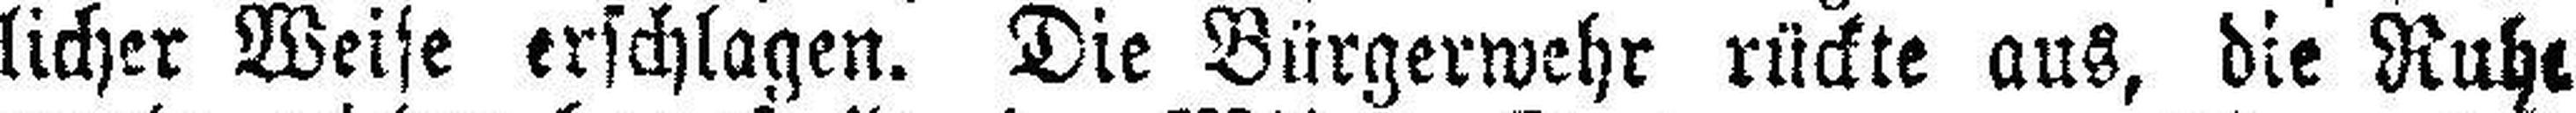
licher Weise erschlagen. Die Bürgerwehr rückte aus, die Ruhe